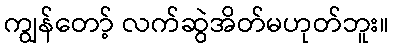
ကျွန်တော့် လက်ဆွဲအိတ်မဟုတ်ဘူး။